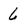
Character: 6